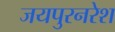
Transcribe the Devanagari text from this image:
जयपुरनरेश